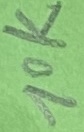
Text: 10K